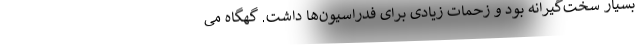
بسیار سخت‌گیرانه بود و زحمات زیادی برای فدراسیون‌ها داشت. گهگاه می